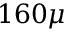
1 6 0 \mu